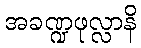
အခဏ္ဍဖုလ္လာနိ